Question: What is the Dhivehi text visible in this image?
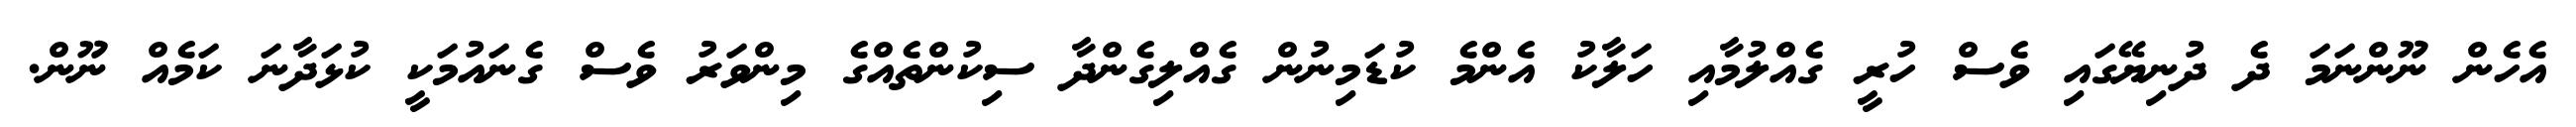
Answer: އެހެން ނޫންނަމަ ދެ ދުނިޔޭގައި ވެސް ހުރީ ގެއްލުމާއި ހަލާކު އެންމެ ކުޑަމިނުން ގެއްލިގެންދާ ސިކުންތެއްގެ މިންވަރު ވެސް ގެނައުމަކީ ކުޅަދާނަ ކަމެއް ނޫން.